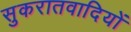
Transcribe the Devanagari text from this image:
सुकरातवादियों